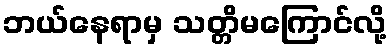
ဘယ်နေရာမှ သတ္တိမကြောင်လို့